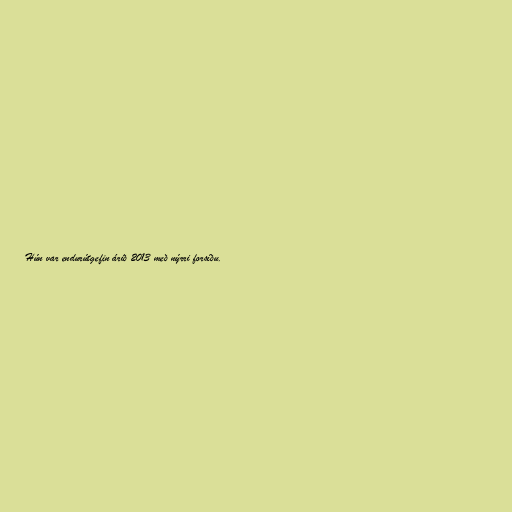
Hún var endurútgefin árið 2013 með nýrri forsíðu.